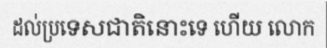
ដល់ប្រទេសជាតិនោះទេ ហើយ លោក